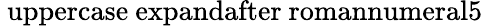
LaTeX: \mathrm{{\ uppercase\ expandafter{\ romannumeral5}}}